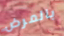
بالمرض